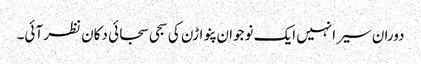
دوران سیر انہیں ایک نوجوان پنواڑن کی سجی سجائی دکان نظر آئی۔